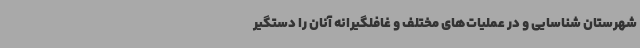
شهرستان شناسایی و در عملیات‌های مختلف و غافلگیرانه آنان را دستگیر